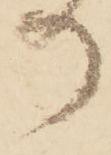
か